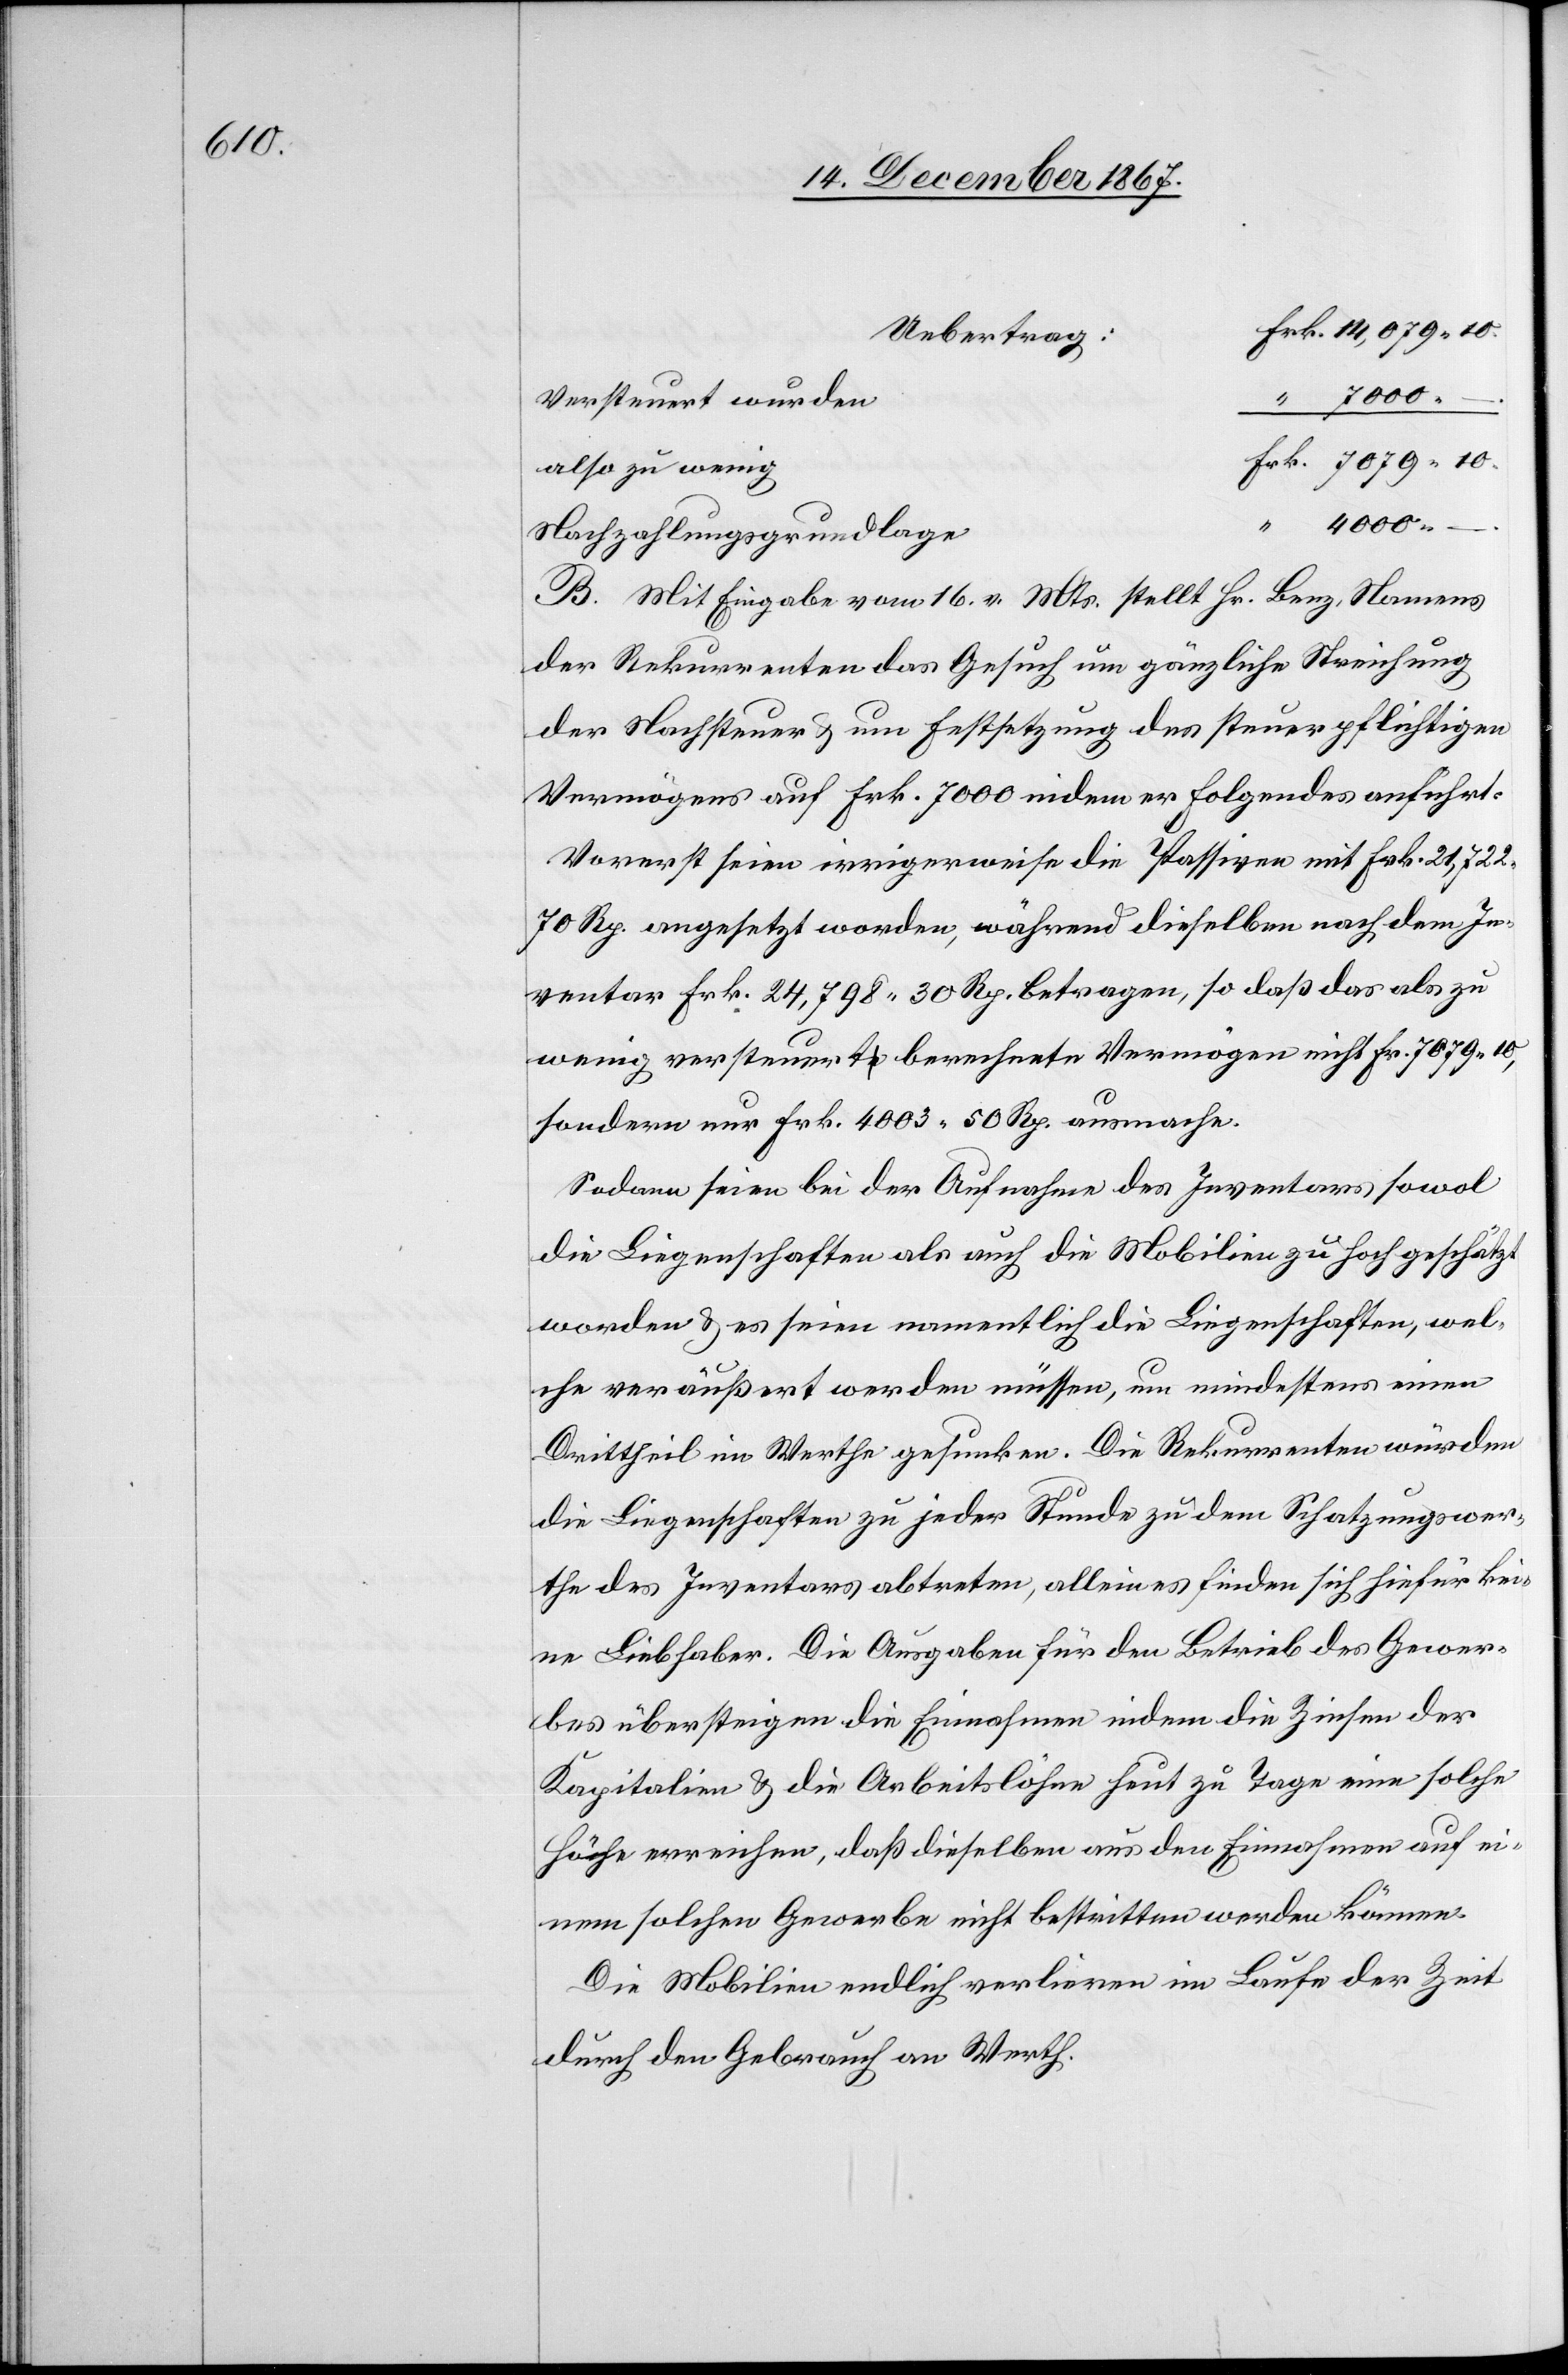
4000.

7000.
Versteuert wurden
also zu wenig
Nachzahlungsgrundlage
B. Mit Eingabe vom 16. v. Mts. stellt Hr. Benz, Namens
der Rekurrenten das Gesuch um gänzliche Streichung
der Nachsteuer & um Festsetzung des steuerpflichtigen
Vermögens auf Frk. 7000 indem er Folgendes anführt:
Vorerst seien irrigerweise die Passiven mit Frk. 21,722
70 Rp. angesetzt worden, während dieselben nach dem In¬
ventar Frk. 24,798 30 Rp. betragen, so daß das als zu
wenig versteuert berechnete Vermögen nicht Fr. 7079 10,
sondern nur Frk. 4003 50 Rp. ausmache.
Sodann seien bei der Aufnahme des Inventars sowol
die Liegenschaften als auch die Mobilien zu hoch geschätzt
worden u. es seien namentlich die Liegenschaften, wel¬
che veräußert werden müssen, um mindestens einen
Drittheil im Werthe gesunken. Die Rekurrenten würden
die Liegenschaften zu jeder Stunde zu dem Schatzungswer¬
the des Inventars abtreten, allein es finden sich hiefür kei¬
ne Liebhaber. Die Ausgaben für den Betrieb des Gewer¬
bes übersteigen die Einnahmen indem die Zinsen der
Kapitalien u. die Arbeitslöhne heut zu Tage eine solche
Höhe erreichen, daß dieselben aus den Einnahmen auf ei¬
nem solchen Gewerbe nicht bestritten werden können.
Die Mobilien endlich verlieren im Laufe der Zeit
durch den Gebrauch an Werth.